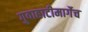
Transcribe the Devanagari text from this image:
गुवाहाटीमार्गेच